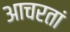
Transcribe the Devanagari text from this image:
आचरतां